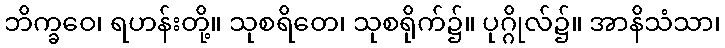
ဘိက္ခဝေ၊ ရဟန်းတို့။ သုစရိတေ၊ သုစရိုက်၌။ ပုဂ္ဂိုလ်၌။ အာနိသံသာ၊